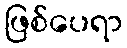
ဖြစ်ပေရာ